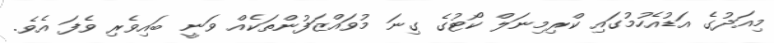
މިއަދުގެ އަޑުއެހުމުގައި ކްރިމިނަލް ކޯޓުގެ ގިނަ މުވައްޒަފުންތަކެއް ވަނީ ބައިވެރި ވެފަ އެވެ.